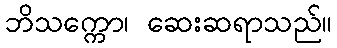
ဘိသက္ကော၊ ဆေးဆရာသည်။